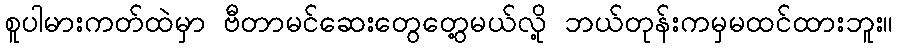
စူပါမားကတ်ထဲမှာ ဗီတာမင်ဆေးတွေတွေ့မယ်လို့ ဘယ်တုန်းကမှမထင်ထားဘူး။